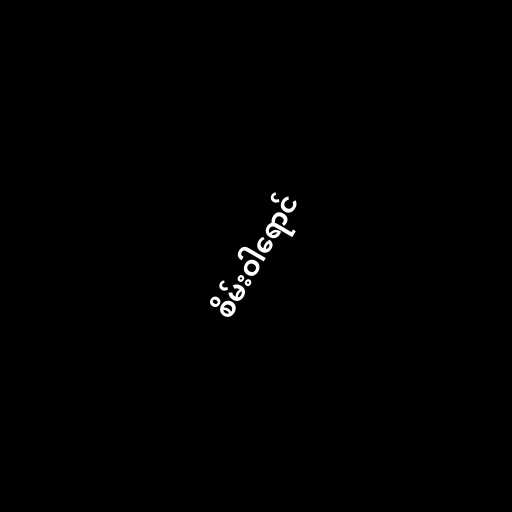
စိမ်းဝါရောင်